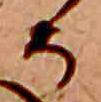
そ